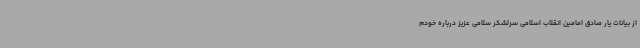
از بیانات یار صادق امامین انقلاب اسلامی سرلشکر سلامی عزیز درباره خودم